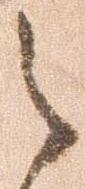
之